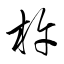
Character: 杵